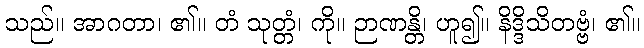
သည်။ အာဂတာ၊ ၏။ တံ သုတ္တံ၊ ကို။ ဉာဏန္တိ၊ ဟူ၍။ နိဒ္ဒိသိတဗ္ဗံ၊ ၏။